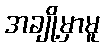
အချို့မှာမူ